Vaccination in the Punjab 1905-1918 - 1905-1918
Year: 1905
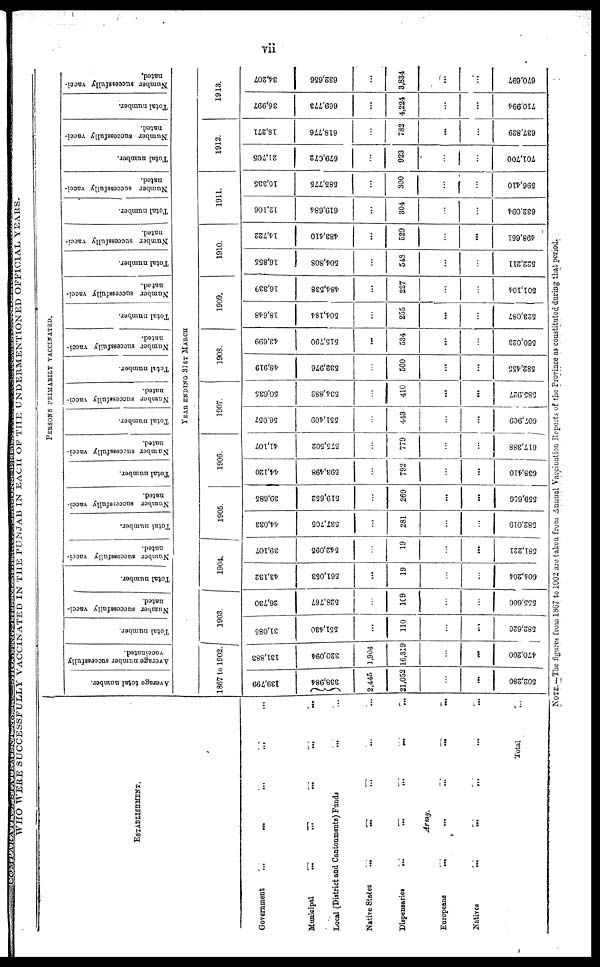
vii
WHO WERE SUCCESSFULLY VACCINATED IN THE PUNJAB IN EACH OF THE UNDERMENTIONED OFFICIAL YEARS.
ESTABLISHMENT.
Government
...
...
...
...
...
Municipal
...
...
...
...
...
Local (District and Cantonments) Funds ... ...
Native States
...
...
... ... ...
Dispensaries
...
...
...
...
...
Army.
Europeans
...
...
...
...
...
Natives
...
...
... ... ...
Total ...
PERSONS PRIMARILY VACCINATED.
Average total number.
Average number successfully
vaccinated.
Total number.
Number successfully vacci-
nated.
Total number.
Number successfully vacci-
nated.
Total number.
Number successfully vacci-
nated.
Total number.
Number successfully vacci-
nated.
Total number.
Number successfully vacci-
nated.
Total number.
Number successfully vacci-
nated.
Total number.
Number successfully vacci-
nated.
Total number.
Number successfully vacci-
nated.
Total number.
Number successfully vacci-
nated.
Total number.
Number successfully vacci-
nated.
Total number.
Number successfully vacci-
nated.
YEAR ENDING 31ST MARCH
1867 to 1902.
139,799
338,984
2,445
21,052
...
...
502,280
131,883
320,094
1,904
16,319
...
...
470,200
1903.
31,086
551,430
...
110
...
...
582,626
26,730
528,767
...
109
...
...
555,606
1904.
43,132
561,053
...
19
...
...
604,204
39,107
542,095
...
19
...
...
581,221
1905.
44,033
537,705
...
281
...
...
582,019
39,685
519,652
...
269
...
...
559,606
1906.
44,120
593,498
...
792
...
...
638,410
41,107
575,502
...
779
...
...
617,388
1907.
56,057
551,409
...
443
...
...
607,909
50,635
534,882
...
410
...
...
585,927
1908.
48,919
532,976
...
560
...
...
582,455
43,699
515,790
...
534
...
...
560,023
1909.
18,648
504,184
...
255
...
...
523,087
16,339
484,538
...
227
...
...
501,104
1910.
16,855
504,808
...
548
...
...
522,211
14,722
483,410
...
529
...
...
498,661
1911.
12,106
619,684
...
304
...
...
632,094
10,335
585,775
...
300
...
...
596,410
1912.
21,705
679,072
...
923
...
...
701,700
18,271
618,776
...
782
...
...
637,829
1913.
36,997
669,773
...
4,224
...
...
710,994
34,207
632,656
...
3,834
...
...
670,697
NOTE.—The figures from 1867 to 1902 are taken from Annual Vaccination Reports of the Province as constituted during that period.